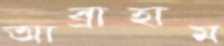
আব্রাহাম